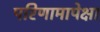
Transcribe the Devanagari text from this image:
परिणामापेक्षा